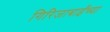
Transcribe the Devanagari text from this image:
गिरिजाबाईंच्या